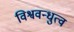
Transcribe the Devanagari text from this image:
विश्ववन्धुत्व